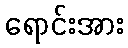
ရောင်းအား